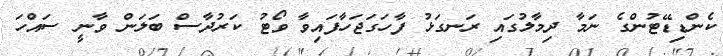
ކެންޑިޑޭޓުންގެ ނަމާ ދިމާލުގައި ރަނގަޅު ފާހަގަޖަހާފައިވާ ވޯޓު ކަރުދާސް ބަލަން ވާނީ ސައްހަ